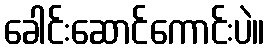
ခေါင်းဆောင်ကောင်းပဲ။